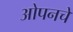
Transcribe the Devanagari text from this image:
ओपनचे